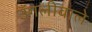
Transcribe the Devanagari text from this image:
उँगलीवाले